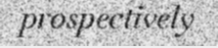
prospectively